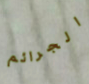
الجرائم